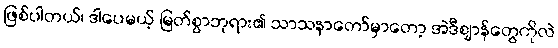
ဖြစ်ပါတယ်၊ ဒါပေမယ့် မြတ်စွာဘုရား၏ သာသနာတော်မှာတော့ အဲဒီဈာန်တွေကိုလဲ